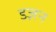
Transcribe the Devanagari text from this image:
डज़न